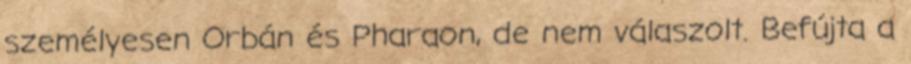
személyesen Orbán és Pharaon, de nem válaszolt. Befújta a